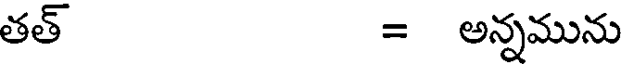
తత్ = అన్నమును